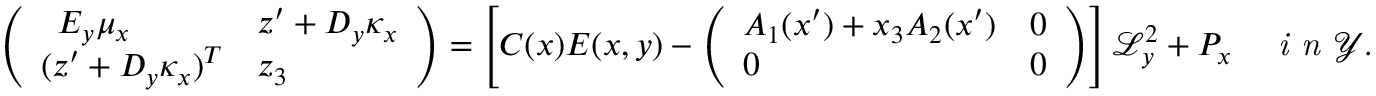
\left( \begin{array} { l l } { \begin{array} { l } { E _ { y } \mu _ { x } } \end{array} } & { z ^ { \prime } + D _ { y } \kappa _ { x } } \\ { ( z ^ { \prime } + D _ { y } \kappa _ { x } ) ^ { T } } & { z _ { 3 } } \end{array} \right) = \left[ C ( x ) E ( x , y ) - \left( \begin{array} { l l } { A _ { 1 } ( x ^ { \prime } ) + x _ { 3 } A _ { 2 } ( x ^ { \prime } ) } & { 0 } \\ { 0 } & { 0 } \end{array} \right) \right] \mathcal { L } _ { y } ^ { 2 } + P _ { x } \quad \textit { i n } \mathcal { Y } .